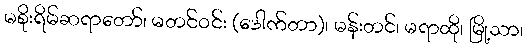
မစိုးရိမ်ဆရာတော်၊ မတင်ဝင်း (ဒေါက်တာ)၊ မန်းတင်၊ မရာထို၊ မြို့သာ၊